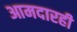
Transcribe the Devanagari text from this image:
आमदारही